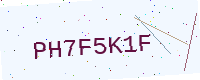
Text: PH7F5K1F